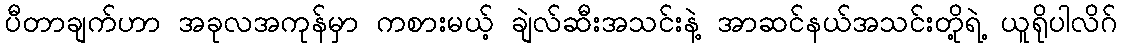
ပီတာချက်ဟာ အခုလအကုန်မှာ ကစားမယ့် ချဲလ်ဆီးအသင်းနဲ့ အာဆင်နယ်အသင်းတို့ရဲ့ ယူရိုပါလိဂ်